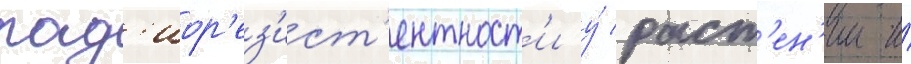
рад'иор'ез'ист'ентност'и у́ раст'ен'ии и́